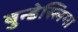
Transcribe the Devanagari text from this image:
बुन्डेस्लिगा